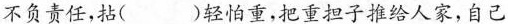
不负责任，拈（）轻怕重，把重担子推给人家，自己